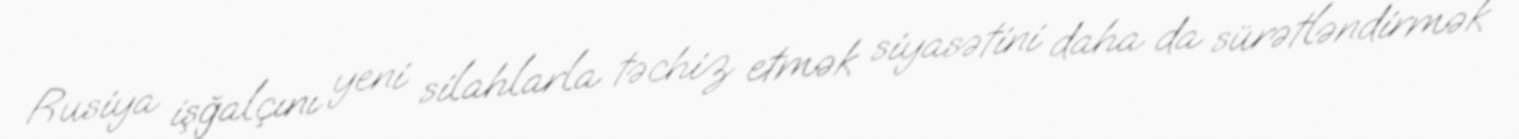
Rusiya işğalçını yeni silahlarla təchiz etmək siyasətini daha da sürətləndirmək